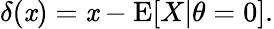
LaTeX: \delta(\mathit{x})=\mathit{x}-\operatorname{E}[X|\theta=0].